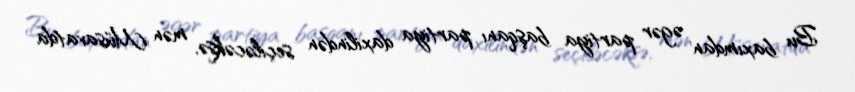
Bu baxımdan əgər partiya başqanı partiya daxilindən seçiləcəksə, mən Müsavatda